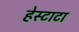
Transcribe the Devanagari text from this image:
हेस्टाटा